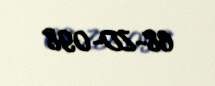
68-ZD-098